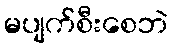
မပျက်စီးစေဘဲ